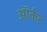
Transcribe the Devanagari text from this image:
ऑर्कट